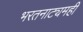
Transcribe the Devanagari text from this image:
भरतनाट्यमही